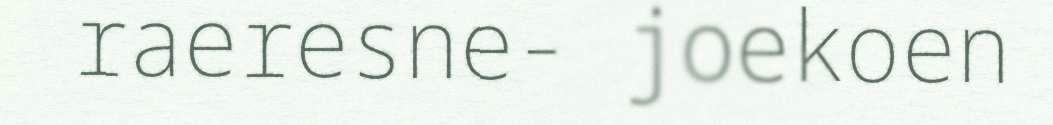
raeresne- joekoen